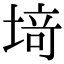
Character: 𫮍